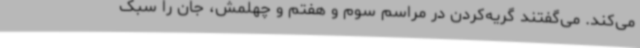
می‌کند. می‌گفتند گریه‌کردن در مراسم‌ سوم و هفتم و چهلمش، جان را سبک